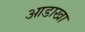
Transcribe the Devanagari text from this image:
आडाखा